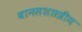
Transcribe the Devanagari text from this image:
वानसशास्त्रीय